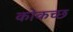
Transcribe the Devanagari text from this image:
कोकच्छ